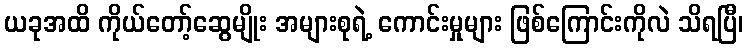
ယခုအထိ ကိုယ်တော့်ဆွေမျိုး အများစုရဲ့ ကောင်းမှုများ ဖြစ်ကြောင်းကိုလဲ သိရပြီ၊